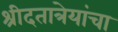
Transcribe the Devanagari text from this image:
श्रीदतात्रेयांचा